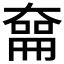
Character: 𪥜